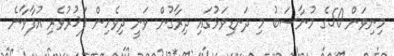
މިނިވަން 50ގެ މުނާސަބު މި ދަނޑިވަޅުގައި ދިރާގުން ވަނީ ދިވެހިން ފަޚުރުވެރި އުފާވާނެ